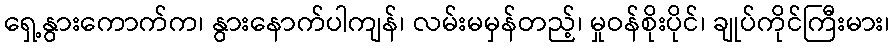
ရှေ့နွားကောက်က၊ နွားနောက်ပါကျန်၊ လမ်းမမှန်တည့်၊ မှုဝန်စိုးပိုင်၊ ချုပ်ကိုင်ကြီးမား၊